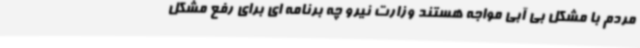
مردم با مشکل بی آبی مواجه هستند وزارت نیرو چه برنامه ای برای رفع مشکل